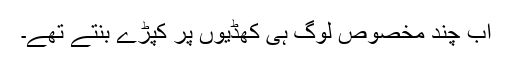
اب چند مخصوص لوگ ہی کھڈیوں پر کپڑے بنتے تھے۔